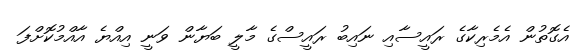
އެގޮތުން އެމެރިކާގެ ރައީސާއި ނައިބު ރައީސްގެ މާލީ ބަޔާން ވަނީ އިއްޔެ އާއްމުކޮށްފަ